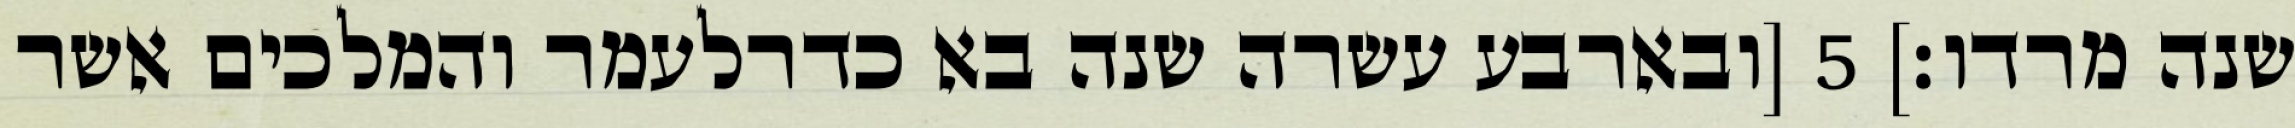
שנה מרדו׃] ‎5‏ [ובארבע עשרה שנה בא כדרלעמר והמלכים אשר